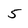
Character: 5